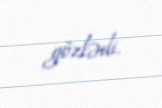
gözlədi.